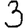
Digit: 3